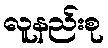
လူနည်းစု